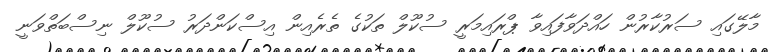
މާލޭގައި ސަރުކާރުން ހައްދަވާފައިވާ ޕްރައިމަރީ ސުކޫލް ތަކުގެ ތެރެއިން އިސްކަންދަރު ސުކޫލް ނިސްބަތްވަނީ